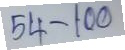
54 - 100